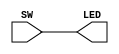
`timescale 1ns / 1ps
module top(
    input [15:0] SW,
    output [15:0] LED
    );
    
    assign LED = SW;
endmodule